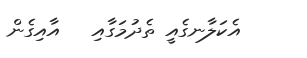
އެކަލާނގެއީ ތެދުމަގާއި   އާއިގެން